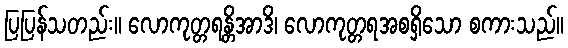
ပြပြန်သတည်း။ လောကုတ္တရန္တိအာဒိ၊ လောကုတ္တရအစရှိသော စကားသည်။